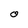
Character: O